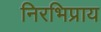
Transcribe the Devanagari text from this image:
निरभिप्राय